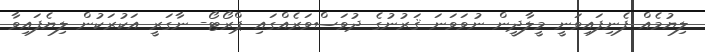
ލިޔުމެއް ފެނިފައިވަނީ މީލާދީން ނުވަވަނަ ޤަރުނުގެ ދުވަސްވަރެއްގައި ޕްރޯޓޯ- ނާގަރީ އަކުރަކުން ލިޔެފައިވާ